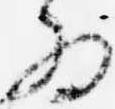
為